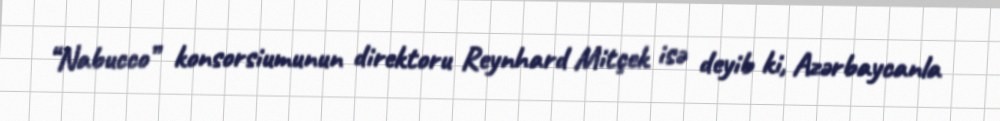
“Nabucco” konsorsiumunun direktoru Reynhard Mitçek isə deyib ki, Azərbaycanla